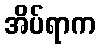
အိပ်ရာက